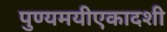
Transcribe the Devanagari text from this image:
पुण्यमयीएकादशी